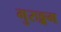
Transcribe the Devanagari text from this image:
गुरुङ्गग